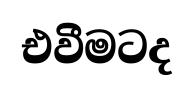
එවීමටද